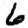
Digit: 6